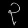
Digit: ၃